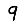
Digit: 9